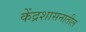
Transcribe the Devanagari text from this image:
केंद्रशासनातील